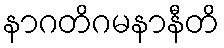
နာဂတိဂမနာနီတိ